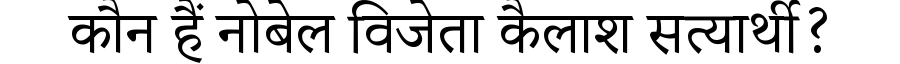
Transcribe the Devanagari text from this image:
कौन हैं नोबेल विजेता कैलाश सत्यार्थी?